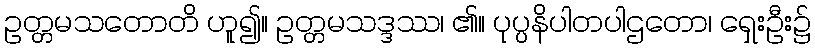
ဥတ္တမသတောတိ ဟူ၍။ ဥတ္တမသဒ္ဒဿ၊ ၏။ ပုပ္ပနိပါတပါဌတော၊ ရှေးဦး၌